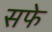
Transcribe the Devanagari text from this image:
सफे